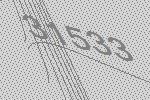
31533